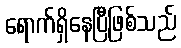
ရောက်ရှိနေပြီဖြစ်သည်